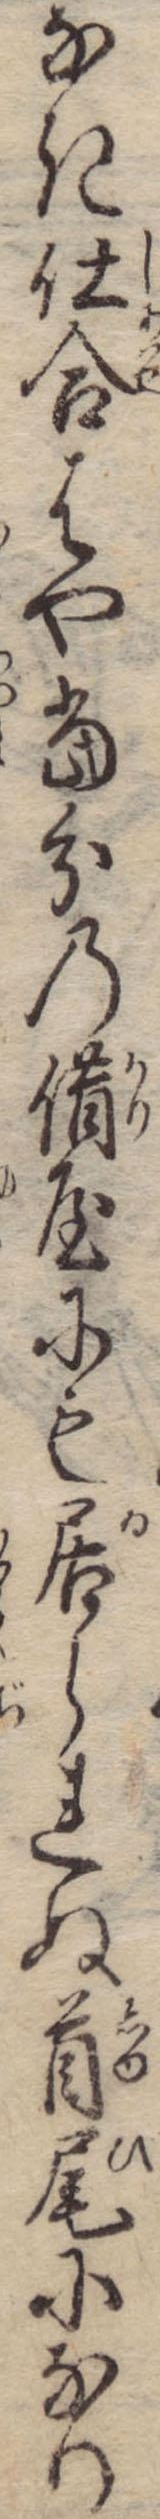
なき仕合はや当分の借屋にも居られぬ首尾になり